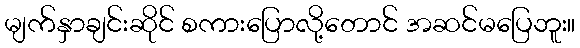
မျက်နှာချင်းဆိုင် စကားပြောလို့တောင် အဆင်မပြေဘူး။